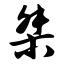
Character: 桀